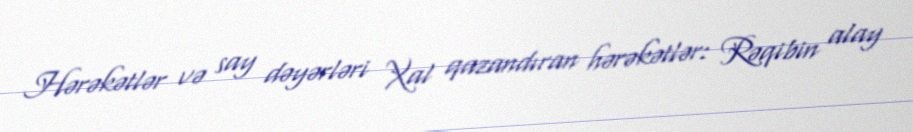
Hərəkətlər və say dəyərləri Xal qazandıran hərəkətlər: Rəqibin alay